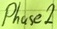
Text: Phase2